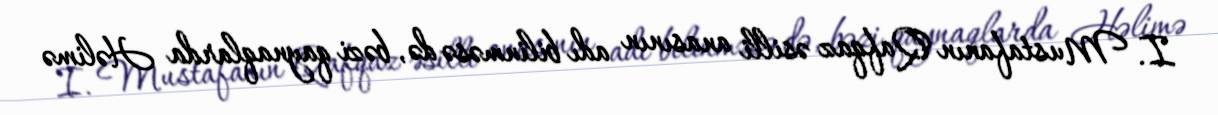
I. Mustafanın Qafqaz əsilli anasının adı bilinməsə də, bəzi qaynaqlarda Həlimə